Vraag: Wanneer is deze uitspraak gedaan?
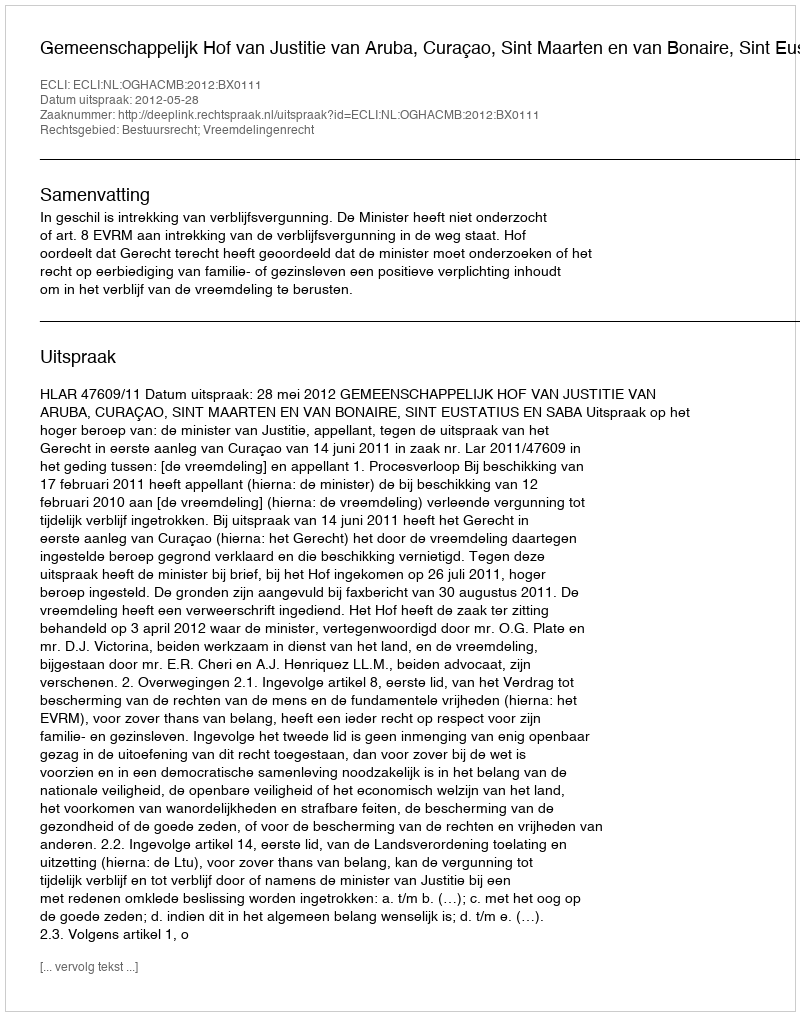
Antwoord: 2012-05-28